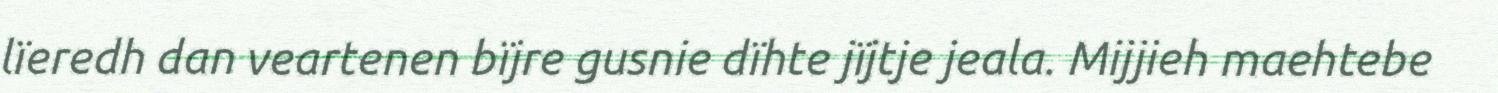
lïeredh dan veartenen bïjre gusnie dïhte jïjtje jeala. Mijjieh maehtebe